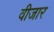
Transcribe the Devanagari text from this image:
वीजार